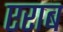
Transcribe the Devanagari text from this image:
एराब